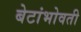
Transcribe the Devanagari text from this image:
बेटांभोवती